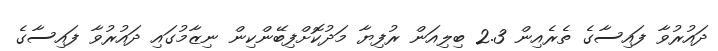
ދައުރުވާ ފައިސާގެ ތެރެއިން 2.3 ބިލިއަން ރުފިޔާ މަދުކޮށްފިބޭންކިން ނިޒާމުގައި ދައުރުވާ ފައިސާގެ